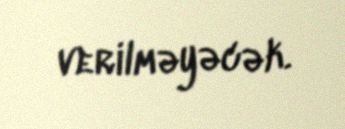
verilməyəcək.